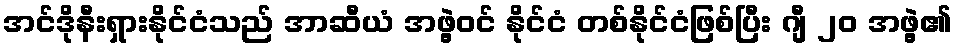
အင်ဒိုနီးရှားနိုင်ငံသည် အာဆီယံ အဖွဲ့ဝင် နိုင်ငံ တစ်နိုင်ငံဖြစ်ပြီး ဂျီ ၂၀ အဖွဲ့၏